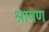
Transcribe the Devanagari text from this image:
श्रायण